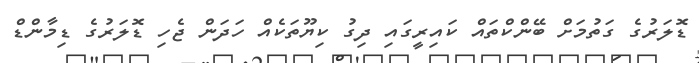
ޑޮލަރުގެ ގަތުމަށް ބޭންކްތައް ކައިރީގައި ދިގު ކިޔޫތަކެއް ހަދަން ޖެހި ޑޮލަރުގެ ޑިމާންޑް